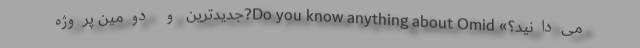
می‌دانید؟» Do you know anything about Omid?جدیدترین و دومین پروژه